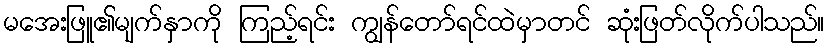
မအေးဖြူ၏မျက်နှာကို ကြည့်ရင်း ကျွန်တော်ရင်ထဲမှာတင် ဆုံးဖြတ်လိုက်ပါသည်။